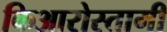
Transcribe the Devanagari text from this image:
किआरोस्तामी